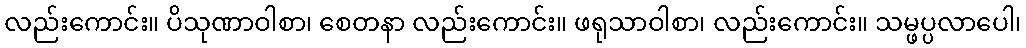
လည်းကောင်း။ ပိသုဏာဝါစာ၊ စေတနာ လည်းကောင်း။ ဖရုသာဝါစာ၊ လည်းကောင်း။ သမ္ဖပ္ပလာပေါ၊